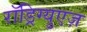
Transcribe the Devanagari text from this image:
रॉड्रिग्युएज़